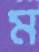
ম